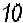
10